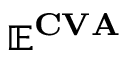
\mathbf { \mathbb { E } ^ { C V A } }